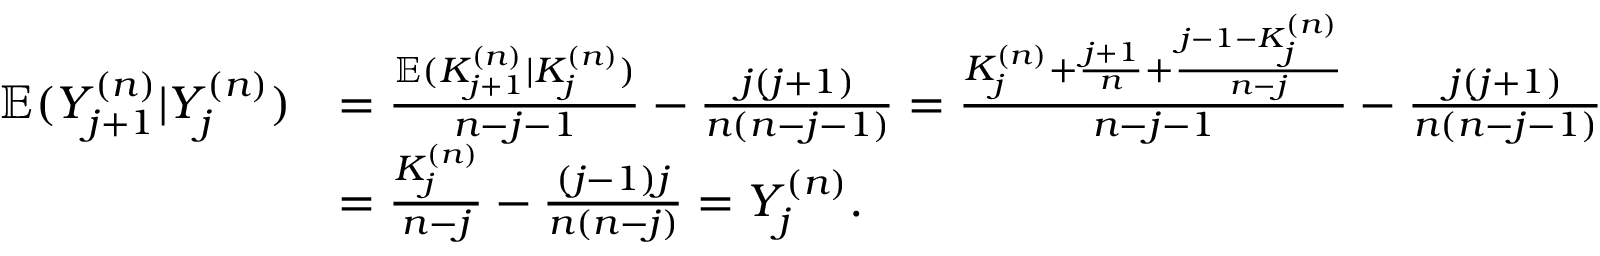
\begin{array} { r l } { \mathbb { E } ( Y _ { j + 1 } ^ { ( n ) } | Y _ { j } ^ { ( n ) } ) } & { = \frac { \mathbb { E } ( K _ { j + 1 } ^ { ( n ) } | K _ { j } ^ { ( n ) } ) } { n - j - 1 } - \frac { j ( j + 1 ) } { n ( n - j - 1 ) } = \frac { K _ { j } ^ { ( n ) } + \frac { j + 1 } { n } + \frac { j - 1 - K _ { j } ^ { ( n ) } } { n - j } } { n - j - 1 } - \frac { j ( j + 1 ) } { n ( n - j - 1 ) } } \\ & { = \frac { K _ { j } ^ { ( n ) } } { n - j } - \frac { ( j - 1 ) j } { n ( n - j ) } = Y _ { j } ^ { ( n ) } . } \end{array}